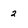
Character: 2